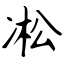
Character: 凇